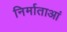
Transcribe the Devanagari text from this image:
निर्माताआं